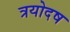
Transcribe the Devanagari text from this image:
त्रयोदष